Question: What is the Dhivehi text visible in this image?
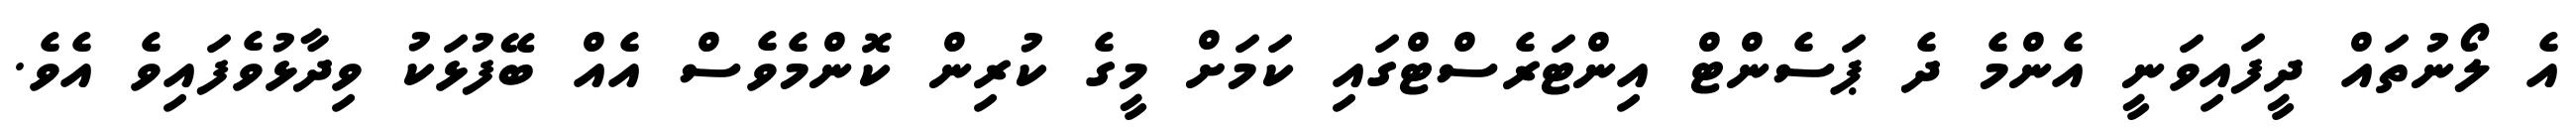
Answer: އެ ލޯނުތައް ދީފައިވަނީ އެންމެ ދެ ޕަސެންޓް އިންޓަރެސްޓްގައި ކަމަށް މީގެ ކުރިން ކޮންމެވެސް އެއް ބޭފުޅަކު ވިދާޅުވެފައިވެ އެވެ.